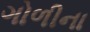
ગોળીના